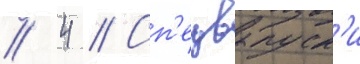
// 4 // Сп'ецвыпуск'и